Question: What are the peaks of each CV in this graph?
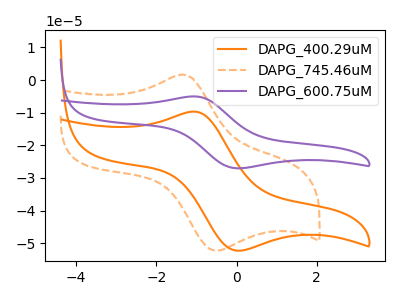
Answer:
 <answer>The orange curve "DAPG_400.29uM" has an anodic peak at (-1.05V, -9.65uA) and a cathodic peak at (0.00V, -52.25uA). The orange dashed curve "DAPG_745.46uM" has an anodic peak at (-1.40V, 1.60uA) and a cathodic peak at (-0.50V, -52.30uA). The purple curve "DAPG_600.75uM" has an anodic peak at (-1.05V, -5.00uA) and a cathodic peak at (0.00V, -27.05uA).</answer>
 <eval></eval>